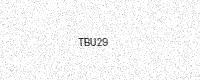
Text: TBU29